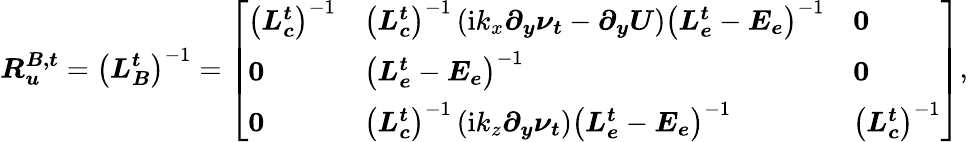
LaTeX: \boldsymbol{R_{u}^{B,t}}=\left(\boldsymbol{L_{B}^{t}}\right)^{-1}=\left[\begin{array}{lll}{\left(\boldsymbol{L_{c}^{t}}\right)^{-1}}&{\left(\boldsymbol{L_{c}^{t}}\right)^{-1}\left(\mathrm{i}k_{x}\boldsymbol{\partial_{y}\nu_{t}}-\boldsymbol{\partial_{y}}\boldsymbol{U}\right)\left(\boldsymbol{L_{e}^{t}}-\boldsymbol{E_{e}}\right)^{-1}}&{\boldsymbol{0}}\\ {\boldsymbol{0}}&{\left(\boldsymbol{L_{e}^{t}}-\boldsymbol{E_{e}}\right)^{-1}}&{\boldsymbol{0}}\\ {\boldsymbol{0}}&{\left(\boldsymbol{L_{c}^{t}}\right)^{-1}\left(\mathrm{i}k_{z}\boldsymbol{\partial_{y}\nu_{t}}\right)\left(\boldsymbol{L_{e}^{t}}-\boldsymbol{E_{e}}\right)^{-1}}&{\left(\boldsymbol{L_{c}^{t}}\right)^{-1}}\end{array}\right],